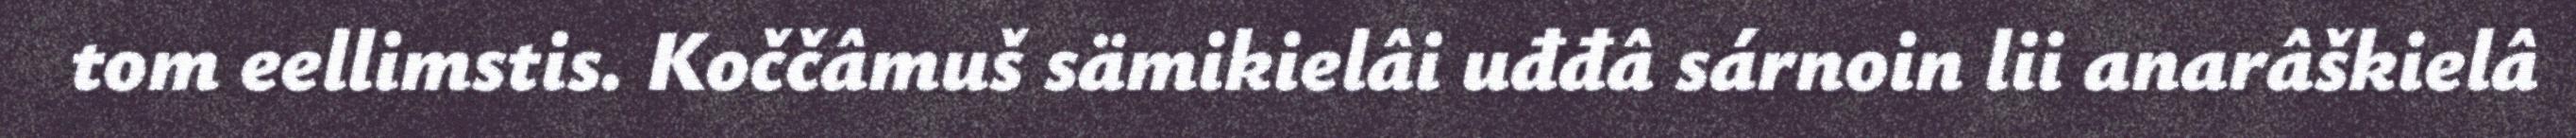
tom eellimstis. Koččâmuš sämikielâi uđđâ sárnoin lii anarâškielâ